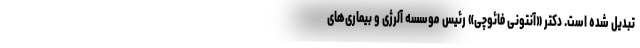
تبدیل شده است. دکتر «آنتونی فائوچی» رئیس موسسه آلرژی و بیماری‌های